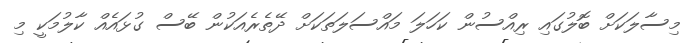
މިސާލަކަށް ބޮލުގައި ރިއްސުން ކަހަލަ މައްސަލަތަކަށް ދޭތެރެއަކުން ބޭސް ގުޅައެއް ކާލުމަކީ މި